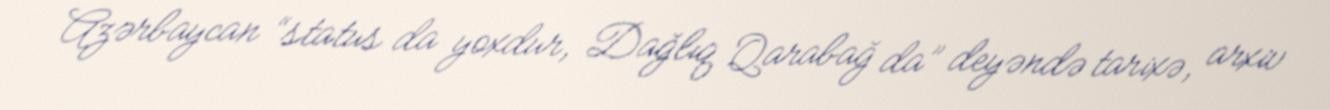
Azərbaycan “status da yoxdur, Dağlıq Qarabağ da” deyəndə tarixə, arxiv